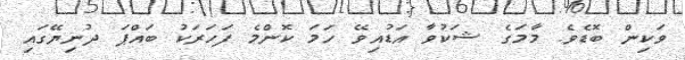
ވަކިން ބޮޑެވެ. މާމަގެ ޝަކުވާ އަޑުއިވޭ ހަމަ ކޮންމެ ފަހަރަކު ބައްޕަ ދުނިޔޭގައި